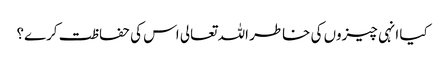
کیا انہی چیزوں کی خاطر اللہ تعالی اس کی حفاظت کرے؟